Notes on vaccination in the North-West Frontier Province 1923-1928 - 1923-1928
Year: 1923
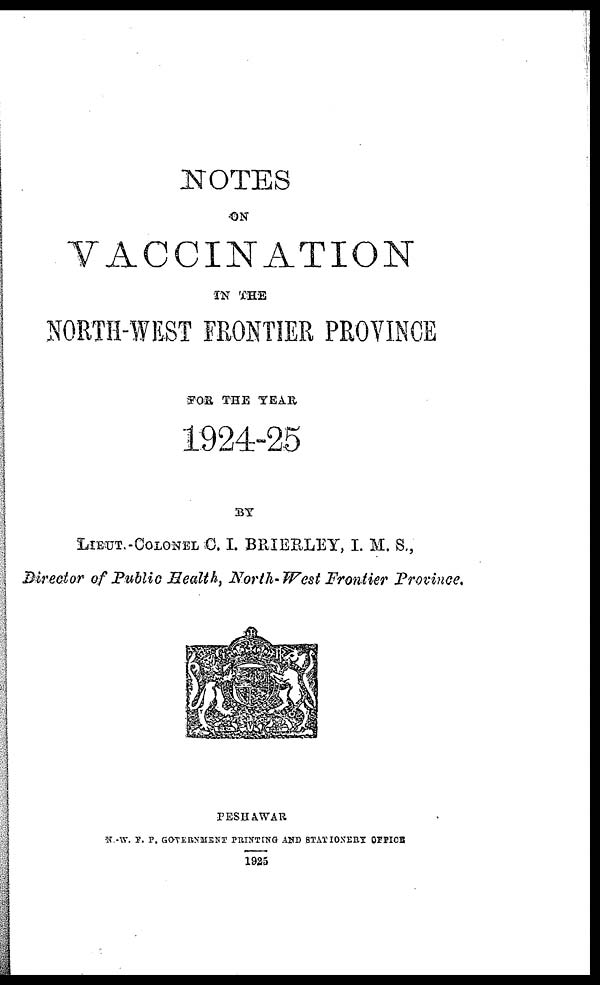
NOTES
ON
VACCINATION
IN THE
NORTH-WEST FRONTIER PROVINCE
FOR THE YEAR
1924-25
BY
LIEUT.-COLONEL C.I. BRIERLEY, I. M. S.,
Director of Public Health, North-West Frontier Province.
PESHAWAR
N -W. F. P. GOVERNMENT PRINTING AND STATIONERY OFFICE
1925